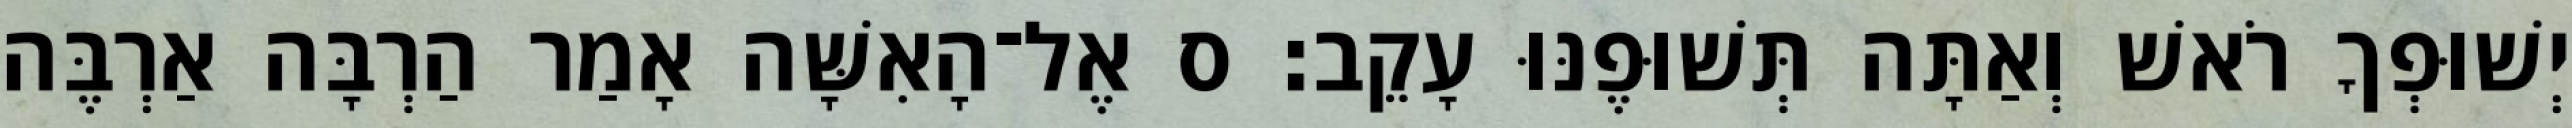
יְשׁוּפְךָ רֹאשׁ וְאַתָּה תְּשׁוּפֶנּוּ עָקֵב׃ ס אֶל־הָאִשָּׁה אָמַר הַרְבָּה אַרְבֶּה